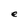
Character: e